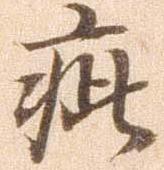
疵